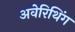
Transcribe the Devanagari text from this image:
अवेरिथिंग